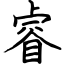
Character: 睿